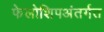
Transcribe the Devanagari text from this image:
फेलोशिपअंतर्गत